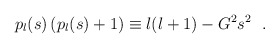
\begin{align*}p_l(s) \left (p_l(s) + 1 \right) \equiv l(l+1) - G^2s^2~~. \end{align*}